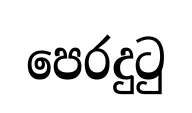
පෙරදුටු